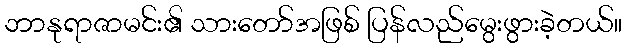
ဘာနုရာဇာမင်း၏ သားတော်အဖြစ် ပြန်လည်မွေးဖွားခဲ့တယ်။